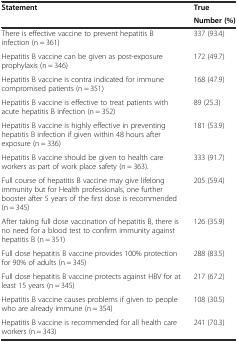
<table><thead><tr><td rowspan="2"><b>Statement</b></td><td><b>True</b></td></tr><tr><td><b>Number (%)</b></td></tr></thead><tbody><tr><td>There is effective vaccine to prevent hepatitis B infection (n = 361)</td><td>337 (93.4)</td></tr><tr><td>Hepatitis B vaccine can be given as post-exposure prophylaxis (n = 346)</td><td>172 (49.7)</td></tr><tr><td>Hepatitis B vaccine is contra indicated for immune compromised patients (n = 351)</td><td>168 (47.9)</td></tr><tr><td>Hepatitis B vaccine is effective to treat patients with acute hepatitis B infection (n = 352)</td><td>89 (25.3)</td></tr><tr><td>Hepatitis B vaccine is highly effective in preventing hepatitis B infection if given within 48 hours after exposure (n = 336)</td><td>181 (53.9)</td></tr><tr><td>Hepatitis B vaccine should be given to health care workers as part of work place safety (n = 363).</td><td>333 (91.7)</td></tr><tr><td>Full course of hepatitis B vaccine may give lifelong immunity but for Health professionals, one further booster after 5 years of the first dose is recommended (n = 345)</td><td>205 (59.4)</td></tr><tr><td>After taking full dose vaccination of hepatitis B, there is no need for a blood test to confirm immunity against hepatitis B (n = 351)</td><td>126 (35.9)</td></tr><tr><td>Full dose hepatitis B vaccine provides 100% protection for 90% of adults (n = 345)</td><td>288 (83.5)</td></tr><tr><td>Full dose hepatitis B vaccine protects against HBV for at least 15 years (n = 345)</td><td>217 (67.2)</td></tr><tr><td>Hepatitis B vaccine causes problems if given to people who are already immune (n = 354)</td><td>108 (30.5)</td></tr><tr><td>Hepatitis B vaccine is recommended for all health care workers (n = 343)</td><td>241 (70.3)</td></tr></tbody></table>